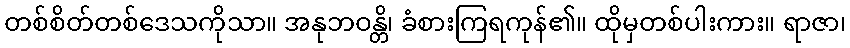
တစ်စိတ်တစ်ဒေသကိုသာ။ အနုဘဝန္တိ၊ ခံစားကြရကုန်၏။ ထိုမှတစ်ပါးကား။ ရာဇာ၊